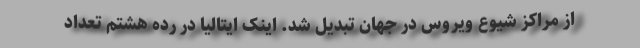
از مراکز شیوع ویروس در جهان تبدیل شد. اینک ایتالیا در رده هشتم تعداد